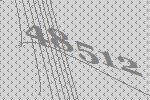
48512